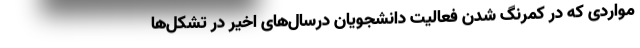
مواردی که در کمرنگ شدن فعالیت دانشجویان درسال‌های اخیر در تشکل‌ها